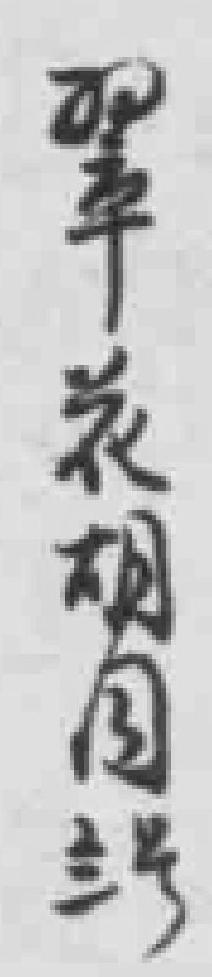
翠花胡同*号